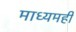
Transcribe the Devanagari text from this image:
माध्यमही